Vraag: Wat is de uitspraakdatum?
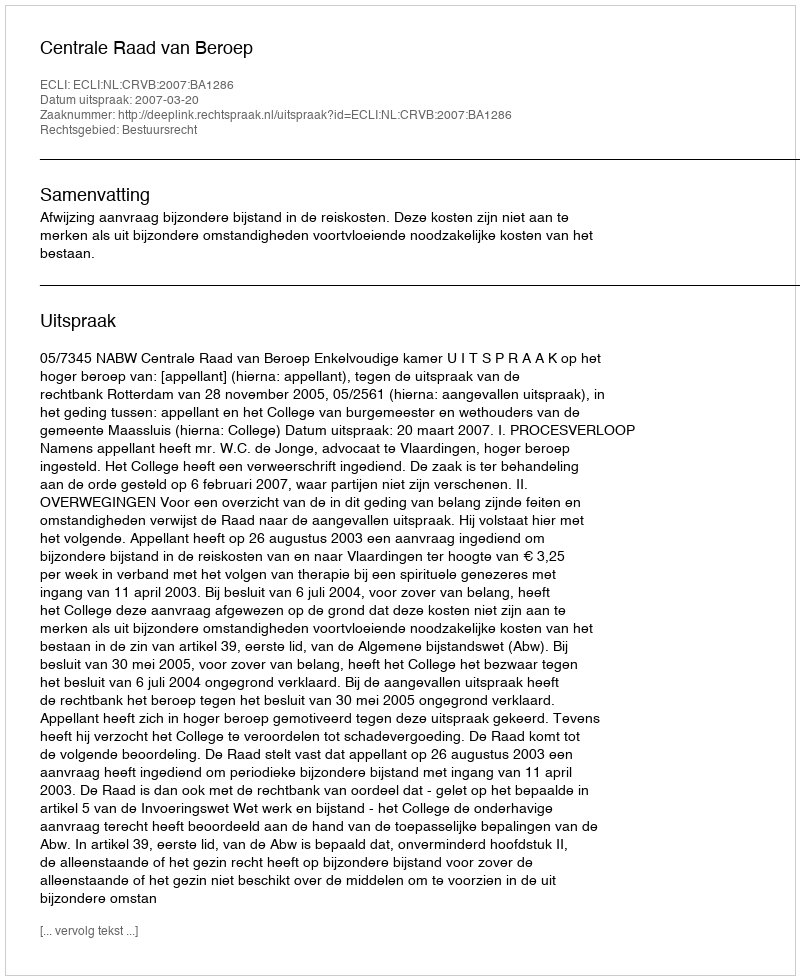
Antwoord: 2007-03-20